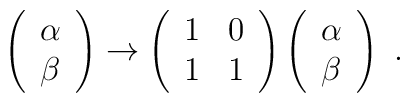
\left(\begin{array}{c}\alpha \\\beta\end{array}\right)\to\left(\begin{array}{rr}1 & 0 \\1 & 1\end{array}\right)\left(\begin{array}{c}\alpha \\\beta\end{array}\right) \ .